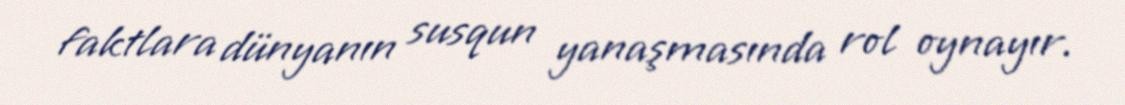
faktlara dünyanın susqun yanaşmasında rol oynayır.